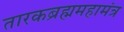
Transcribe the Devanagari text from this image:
तारकब्रह्ममहामंत्र